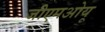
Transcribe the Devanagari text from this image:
जीएमओयू